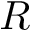
R